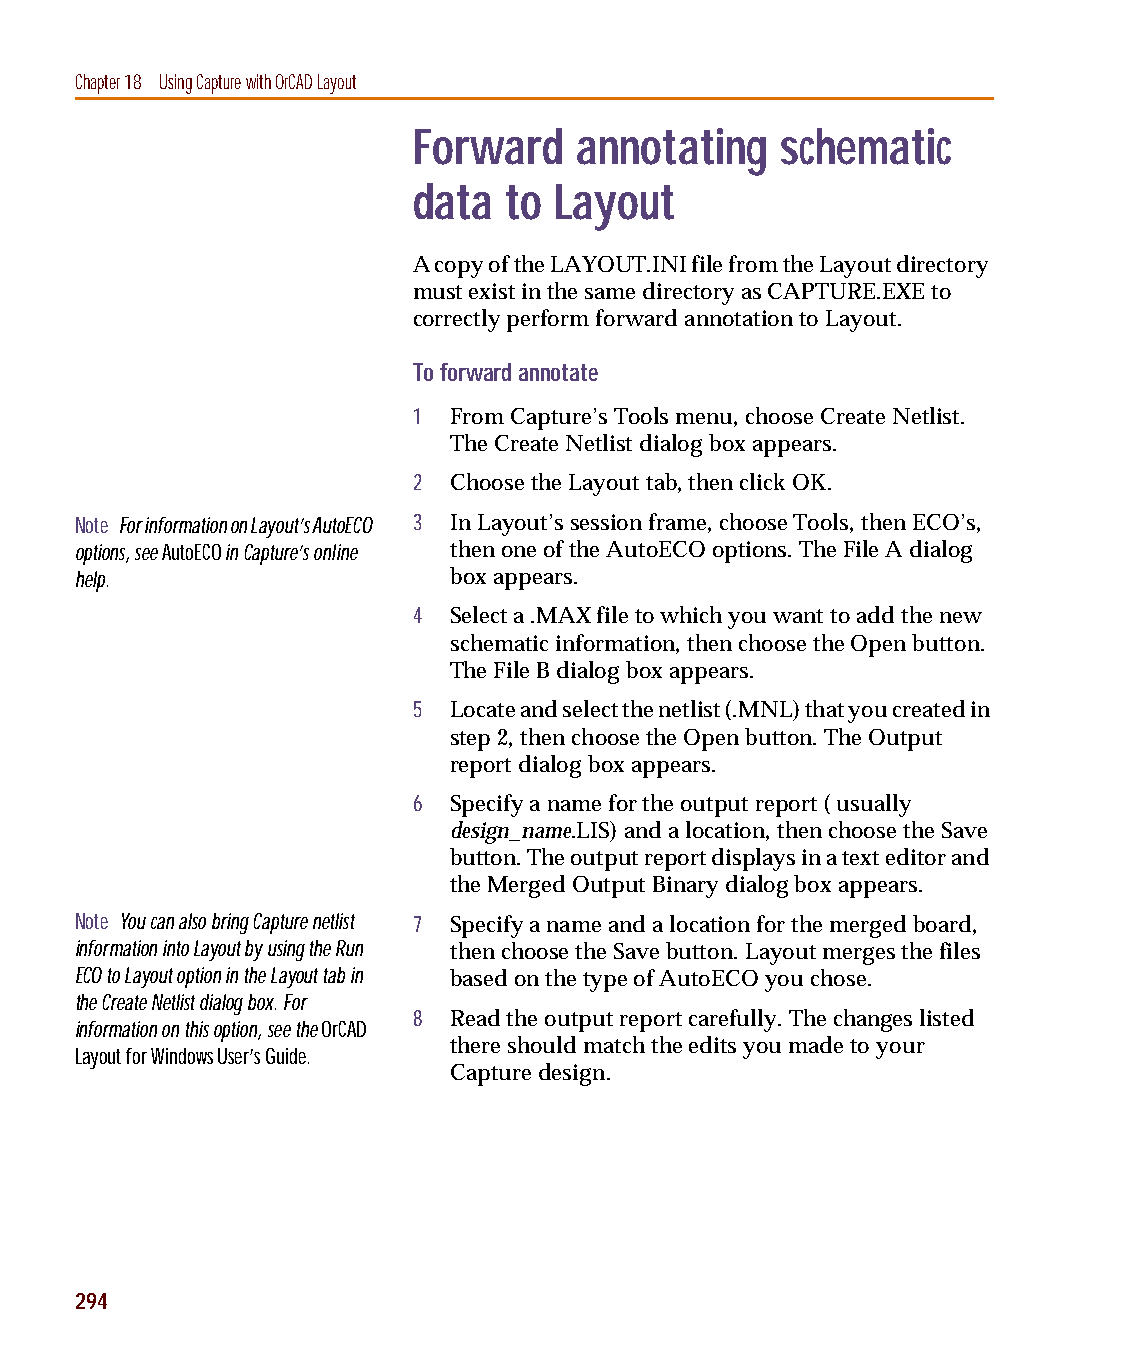
capug.book Page 294 Thursday, November 12, 1998 3:38 PM
 Chapter 18 Using Capture with OrCADLayout
 Forward    annotating    schematic
 data  to  Layout
 A copy of the LAYOUT.INI file from the Layout directory
 must exist in the same directory as CAPTURE.EXE to
 correctly perform forward annotation to Layout.
 To forward annotate
 1  From Capture’s Tools menu, choose Create Netlist.
 The Create Netlist dialog box appears.
 2  Choose the Layout tab, then click OK.
 Note For information on Layout’s AutoECO 3 In Layout’s session frame, choose Tools, then ECO’s,
 options, see AutoECO in Capture’s online then one of the AutoECO options. The File A dialog
 help.                    box appears.
 4  Select a .MAX file to which you want to add the new
 schematic information, then choose the Open button.
 The File B dialog box appears.
 5  Locate and select the netlist (.MNL) that you created in
 step 2, then choose the Open button. The Output
 report dialog box appears.
 6  Specify a name for the output report ( usually
 design_name.LIS) and a location, then choose the Save
 button. The output report displays in a text editor and
 the Merged Output Binary dialog box appears.
 Note You can also bring Capture netlist 7 Specify a name and a location for the merged board,
 information into Layout by using the Run then choose the Save button. Layout merges the files
 ECO to Layout option in the Layout tab in based on the type of AutoECO you chose.
 the Create Netlist dialog box. For
 8  Read the output report carefully. The changes listed
 information on this option, see the OrCAD
 there should match the edits you made to your
 Layout for Windows User’s Guide.
 Capture design.
 294